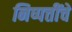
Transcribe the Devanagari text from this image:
निष्पत्तींचे